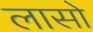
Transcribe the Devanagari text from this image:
लासो